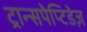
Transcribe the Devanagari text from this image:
ट्रान्सपेप्टिडेज़